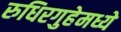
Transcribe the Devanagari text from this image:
रुधिरगुहेमध्ये